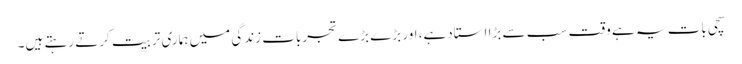
سچی بات یہ ہے وقت سب سے بڑا استادہے، اور بڑے بڑے تجربات زندگی میں ہماری تربیت کرتے رہتے ہیں۔